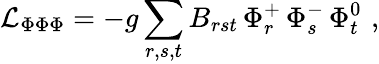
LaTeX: \mathcal{L}_{\Phi\Phi\Phi}=-g\sum_{r,s,t}B_{rst}\, \Phi_{r}^{+}\, \Phi_{s}^{-}\, \Phi_{t}^{0}\, \, ,